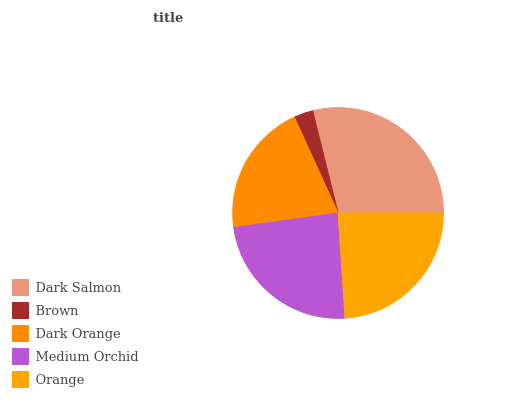
| Dark Salmon | Brown | Dark Orange | Medium Orchid | Orange |
 | --- | --- | --- | --- | --- |
 | 28.8% | 2.94% | 20.4% | 23.9% | 24% |